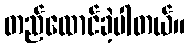
တည်ထောင်ခဲ့ပါတယ်။